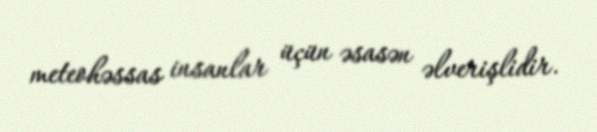
meteohəssas insanlar üçün əsasən əlverişlidir.